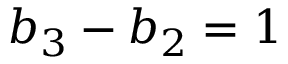
b _ { 3 } - b _ { 2 } = 1